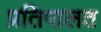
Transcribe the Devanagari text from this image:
प्रतिपालत